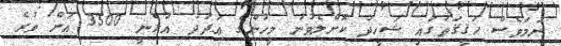
ނަމަވެސް ޙަޤީޤަތުގައި ޝަހީދު ކޮށްލެވުނު މީހުންގެ ޢަދަދު އުޅެނީ 3500 އަށް ވުރެ